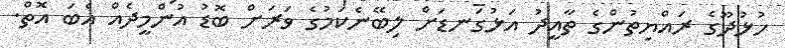
ހުޅުދޫގެ ރައްޔިތުންގެ ތާއީދު އަޅުގަނޑަށް ލިބޭނެކަމުގެ ވަރަށް ބޮޑު އުންމީދެއް އެބަ އޮތް.